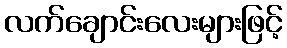
လက်ချောင်းလေးများဖြင့်